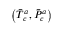
\left( \Bar { T } _ { c } ^ { a } , \Bar { P } _ { c } ^ { a } \right)